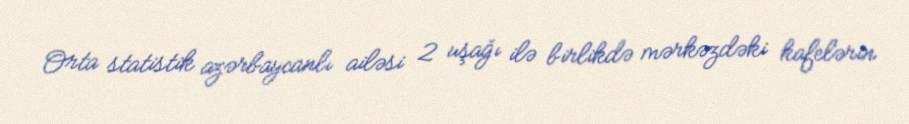
Orta statistik azərbaycanlı ailəsi 2 uşağı ilə birlikdə mərkəzdəki kafelərin